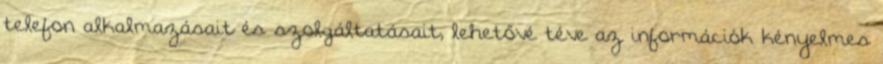
telefon alkalmazásait és szolgáltatásait, lehetővé téve az információk kényelmes